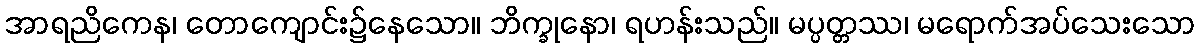
အာရညိကေန၊ တောကျောင်း၌နေသော။ ဘိက္ခုနော၊ ရဟန်းသည်။ မပ္ပတ္တဿ၊ မရောက်အပ်သေးသော